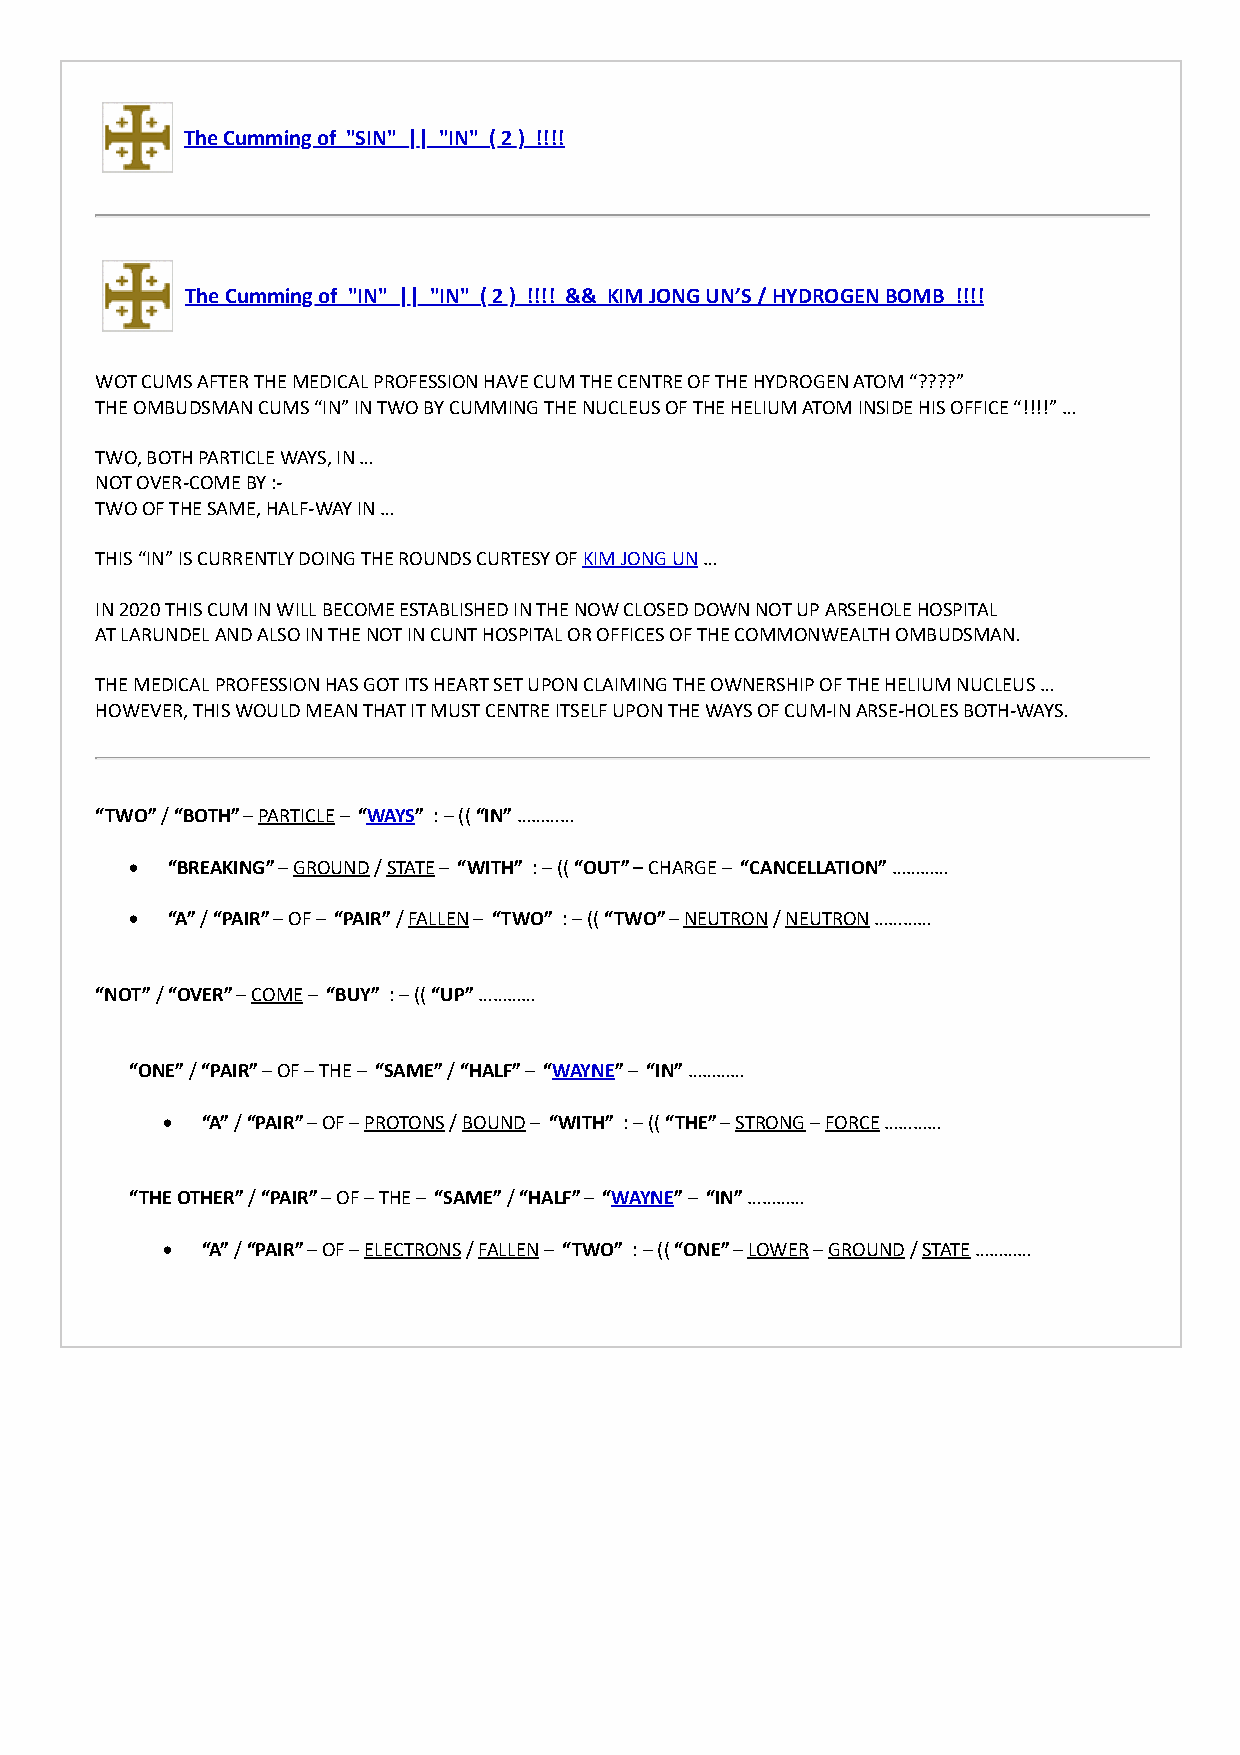
The Cumming of "SIN" || "IN" ( 2 ) !!!!
 The Cumming of "IN" || "IN" ( 2 ) !!!! && KIM JONG UN’S / HYDROGEN BOMB !!!!
 WOT CUMS AFTER THE MEDICAL PROFESSION HAVE CUM THE CENTRE OF THE HYDROGEN ATOM “????”
 THE OMBUDSMAN CUMS “IN” IN TWO BY CUMMING THE NUCLEUS OF THE HELIUM ATOM INSIDE HIS OFFICE “!!!!” …
 TWO, BOTH PARTICLE WAYS, IN …
 NOT OVER-COME BY :-
 TWO OF THE SAME, HALF-WAY IN …
 THIS “IN” IS CURRENTLY DOING THE ROUNDS CURTESY OF KIM JONG UN …
 IN 2020 THIS CUM IN WILL BECOME ESTABLISHED IN THE NOW CLOSED DOWN NOT UP ARSEHOLE HOSPITAL
 AT LARUNDEL AND ALSO IN THE NOT IN CUNT HOSPITAL OR OFFICES OF THE COMMONWEALTH OMBUDSMAN.
 THE MEDICAL PROFESSION HAS GOT ITS HEART SET UPON CLAIMING THE OWNERSHIP OF THE HELIUM NUCLEUS …
 HOWEVER, THIS WOULD MEAN THAT IT MUST CENTRE ITSELF UPON THE WAYS OF CUM-IN ARSE-HOLES BOTH-WAYS.
 “TWO” / “BOTH” – PARTICLE – “WAYS” : – (( “IN” …………
 · “BREAKING” – GROUND / STATE – “WITH” : – (( “OUT” – CHARGE – “CANCELLATION” …………
 · “A” / “PAIR” – OF – “PAIR” / FALLEN – “TWO” : – (( “TWO” – NEUTRON / NEUTRON …………
 “NOT” / “OVER” – COME – “BUY” : – (( “UP” …………
 “ONE” / “PAIR” – OF – THE – “SAME” / “HALF” – “WAYNE” – “IN” …………
 · “A” / “PAIR” – OF – PROTONS / BOUND – “WITH” : – (( “THE” – STRONG – FORCE …………
 “THE OTHER” / “PAIR” – OF – THE – “SAME” / “HALF” – “WAYNE” – “IN” …………
 · “A” / “PAIR” – OF – ELECTRONS / FALLEN – “TWO” : – (( “ONE” – LOWER – GROUND / STATE …………